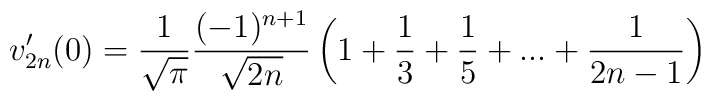
v_{2n}'(0)=\frac{1}{\sqrt{\pi}}\frac{(-1)^{n+1}}{\sqrt{2n}}\left(1+\frac{1}{3}+\frac{1}{5}+...+\frac{1}{2n-1}\right)